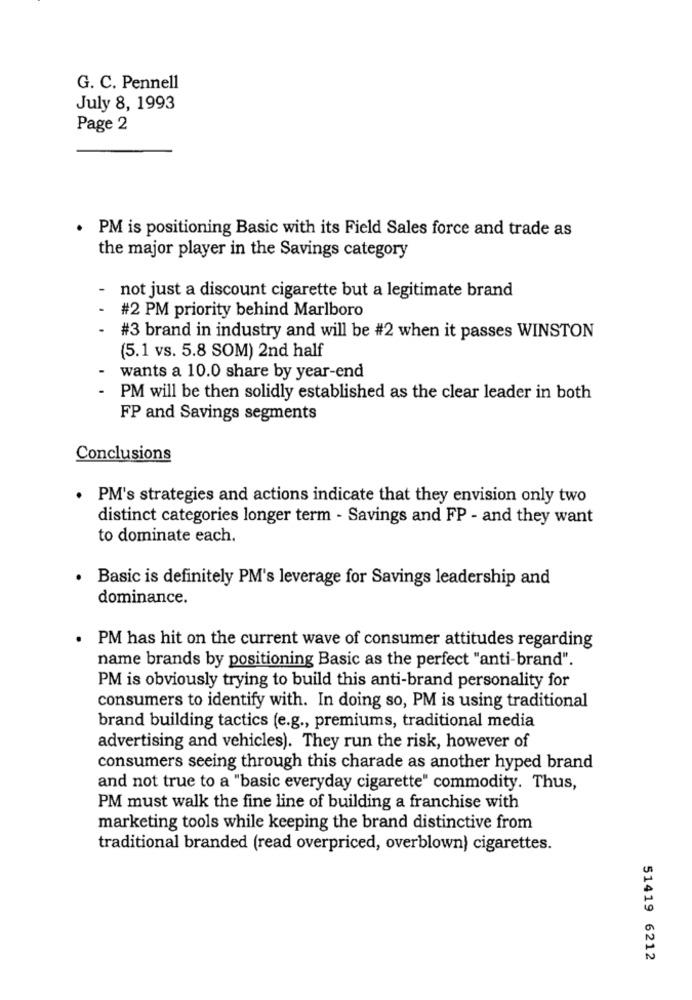
G. C. Pennell
July 8, 1993
Page 2
PM is positioning Basic with its Field Sales force and trade as
the major player in the Savings category
not just a discount cigarette but a legitimate brand
#2 PM priority behind Marlboro
#3 brand in industry and will be #2 when it passes WINSTON
(5.1 vs. 5.8 SOM) 2nd half
wants a 10.0 share by year-end
PM will be then solidly established as the clear leader in both
FP and Savings segments
Conclusions
. PM's strategies and actions indicate that they envision only two
distinct categories longer term - Savings and FP - and they want
to dominate each.
Basic is definitely PM's leverage for Savings leadership and
dominance.
PM has hit on the current wave of consumer attitudes regarding
name brands by positioning Basic as the perfect "anti-brand".
PM is obviously trying to build this anti-brand personality for
consumers to identify with. In doing so, PM is using traditional
brand building tactics (e.g ., premiums, traditional media
advertising and vehicles). They run the risk, however of
consumers seeing through this charade as another hyped brand
and not true to a "basic everyday cigarette" commodity. Thus,
PM must walk the fine line of building a franchise with
marketing tools while keeping the brand distinctive from
traditional branded (read overpriced, overblown) cigarettes.
51419 6212